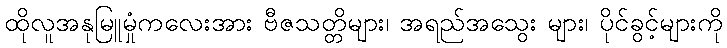
ထိုလူအနုမြူမှုံကလေးအား ဗီဇသတ္တိများ၊ အရည်အသွေး များ၊ ပိုင်ခွင့်များကို